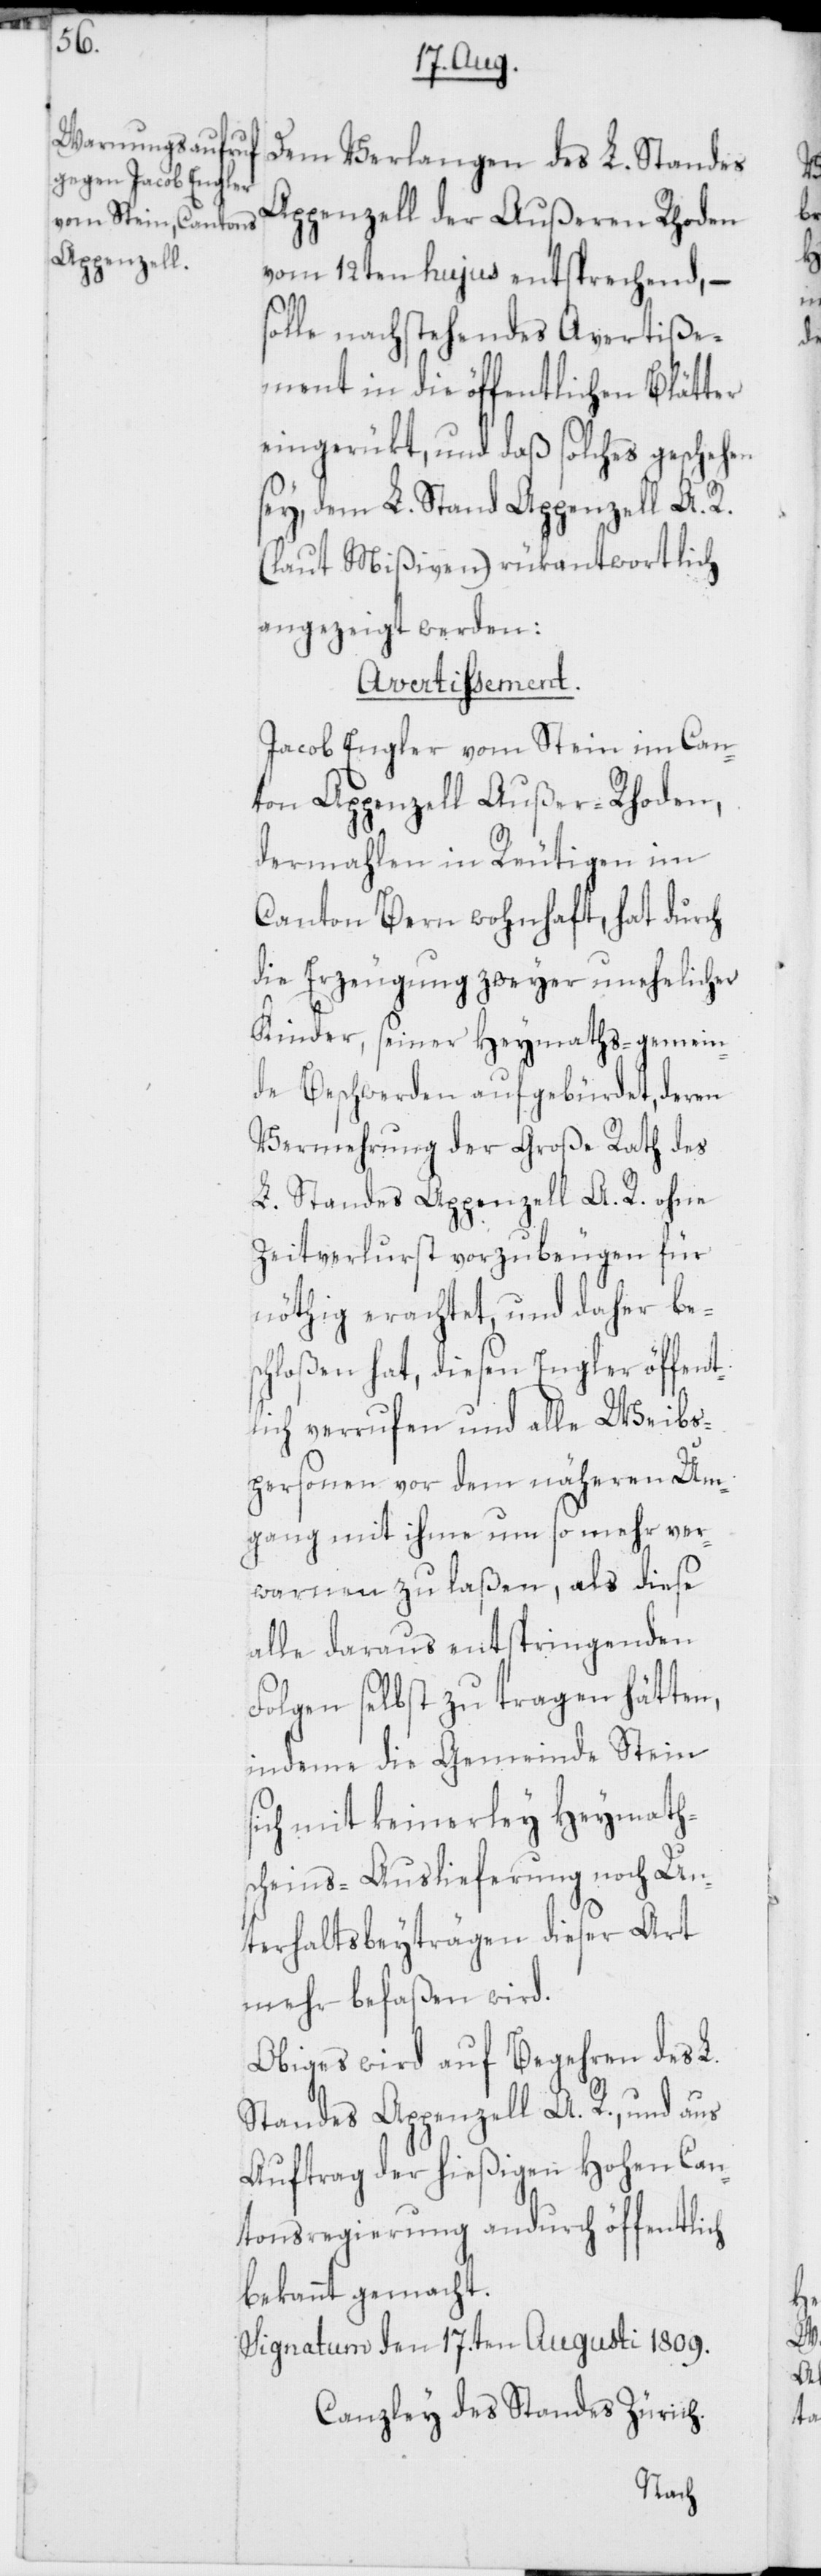
so¬

Dem Verlangen des L. Standes
Appenzell der Außeren Rhoden
vom 12ten hujus entsprechend, –
lle nachstehendes Avertiße¬
ment in die öffentlichen Blätter
eingerükt, und daß solches geschehen
sey, dem L. Stand Appenzell A. R.
(laut Mißiven) rükantwortlich
angezeigt werden:
Avertissement.
Jacob Engler vom Stein im Can¬
ton Appenzell Außer-Rhoden,
dermahlen in Reutigen im
Canton Bern wohnhaft, hat durch
die Erzeugung zweyer unehelicher
Kinder, seiner Heymaths-gemein¬
de Beschwerden aufgebürdet, deren
Vermehrung der Große Rath des
L. Standes Appenzell A. R. ohne
Zeitverlurst vorzubeugen für
nöthig erachtet, und daher bes¬
chloßen hat, diesen Engler öffent¬
lich verrufen und alle Weibs¬
personen vor dem näheren Um¬
gang mit ihme um so mehr ver¬
warnen zu laßen, als diese
alle daraus entspringenden
Folgen selbst zu tragen hätten,
indeme die Gemeinde Stein
sich mit keinerley Heymath¬
scheins-Auslieferung noch Un¬
terhaltsbeyträgen dieser Art
mehr befaßen wird.
Obiges wird auf Begehren des L.
Standes Appenzell A. R., und aus
Auftrag der hießigen Hohen Can¬
tonsregierung andurch öffentlich
bekannt gemacht.
Signatum den 17.ten Augusti 1809.
Canzley des Standes Zürich.